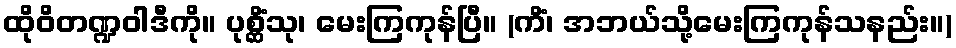
ထိုဝိတဏ္ဍဝါဒီကို။ ပုစ္ဆိံသု၊ မေးကြကုန်ပြီ။ (ကိံ၊ အဘယ်သို့မေးကြကုန်သနည်း။)